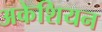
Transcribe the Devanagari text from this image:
अकेशियन